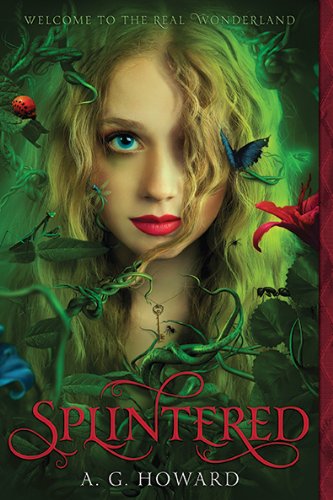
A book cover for Splintered; A. G. Howard; Teen & Young Adult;